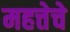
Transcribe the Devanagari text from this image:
महत्तेचे